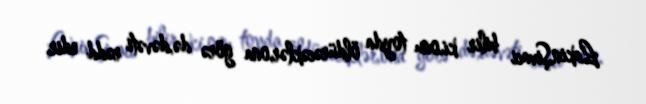
Lakin,Şivaci bilir ki,onu toyda öldürəcəklər,ona görə də,dəvəti rədd edir.